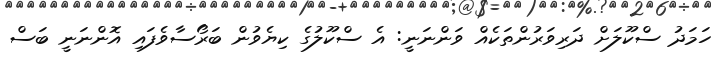
ހަމަދު ސްކޫލަށް ދަރިވަރުންތަކެއް ވަންނަނީ: އެ ސްކޫލުގެ ކިޔެވުން ބަރޯސާވެފައި އޮންނަނީ ބަސް